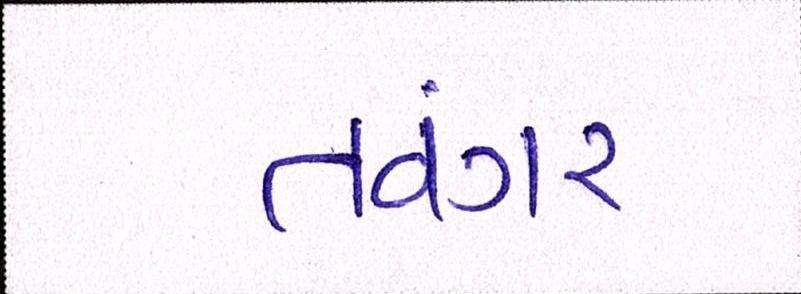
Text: તવંગર